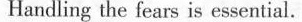
Handling the fears is essential.